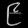
Digit: ၉